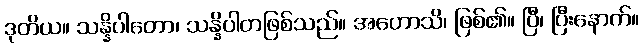
ဒုတိယ။ သန္နိပါတော၊ သန္နိပါတဖြစ်သည်။ အဟောသိ၊ ဖြစ်၏။ ပြီ၊ ပြီးနောက်။